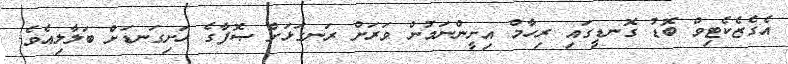
އެގެޒެކެޓިވް ބޮޑު ގޮނޑީގައި ރިހާމް އިށީންނަމުން ވަރަށް ރަނގަޅަށް ޞޮފާގެ ހަށިގަނޑަށް ބަލާލިއެވެ.